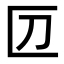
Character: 𠥭